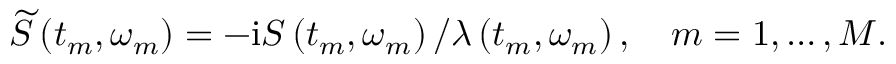
\widetilde { S } \left( t _ { m } , \omega _ { m } \right) = - \mathrm { i } S \left( t _ { m } , \omega _ { m } \right) / \lambda \left( t _ { m } , \omega _ { m } \right) , \quad m = 1 , \ldots , M .